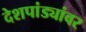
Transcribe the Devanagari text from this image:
देशपांड्यांवर